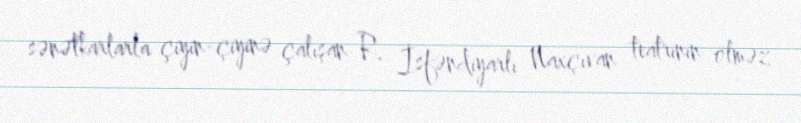
sənətkarlarla çiyin-çiyinə çalışan R. İsfəndiyarlı Naxçıvan teatrının ölməz